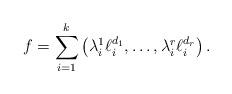
LaTeX: \begin{align*}f = \sum_{i=1}^{k}\left(\lambda_{i}^{1}\ell_{i}^{d_{1}}, \ldots, \lambda_{i}^{r}\ell_{i}^{d_{r}}\right).\end{align*}